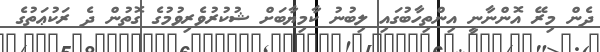
ދެން މިރޭ އޮންނާނީ އިންތިހާބުގައި ލިބުނު ކާމިޔާބަށް ޝުކުރުވެރިވުމުގެ ގޮތުން ދެ ރަކުޢަތުގެ